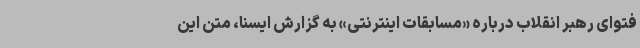
فتوای رهبر انقلاب درباره «مسابقات اینترنتی» به گزارش ایسنا، متن این